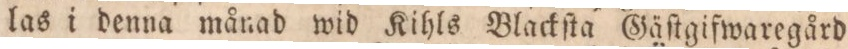
las i denna månad wid Kihls Blackſta Gäſtgifwaregård